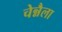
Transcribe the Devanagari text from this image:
चेन्नैला